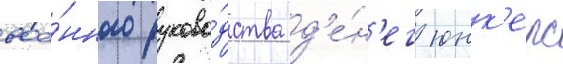
вое́нного руково́дства д'е́н'ег юнк'ерс